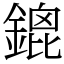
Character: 鎞